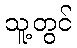
သူ့တွင်